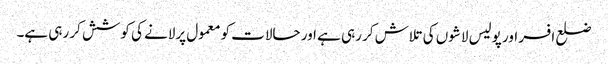
ضلع افسر اور پولیس لاشوں کی تلاش کر رہی ہے اور حالات کو معمول پرلانے کی کوشش کر رہی ہے۔